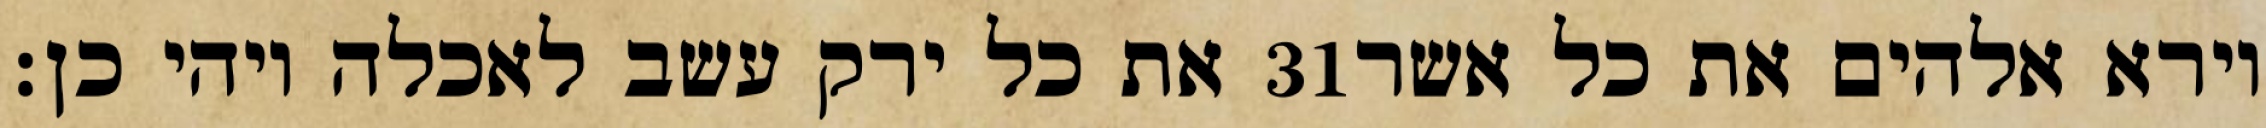
את כל ירק עשב לאכלה ויהי כן׃ ‎31‏ וירא אלהים את כל אשר